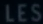
LES